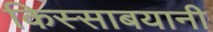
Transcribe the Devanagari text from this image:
किस्साबयानी